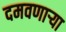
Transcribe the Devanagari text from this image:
दमवणाऱ्या